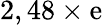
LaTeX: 2,48\times\mathrm{e}